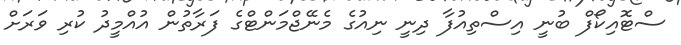
ސްޓޮއިކޯފް ބުނީ އިސްތިއުފާ ދިނީ ނިއުގެ މެނޭޖްމަންޓްގެ ފަރާތުން އުއްމީދު ކުރި ވަރަށް